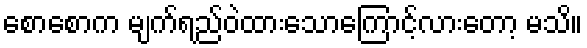
စောစောက မျက်ရည်ဝဲထားသောကြောင့်လားတော့ မသိ။